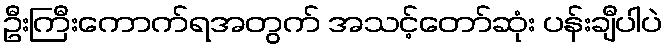
ဦးကြီးကောက်ရအတွက် အသင့်တော်ဆုံး ပန်းချီပါပဲ